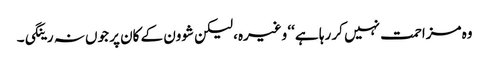
وہ مزاحمت نہیں کر رہا ہے ‘‘ وغیرہ، لیکن شوون کے کان پر جوں نہ رینگی۔